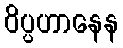
ဝိပ္ပဟာနေန